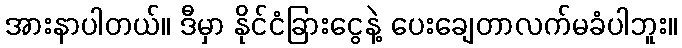
အားနာပါတယ်။ ဒီမှာ နိုင်ငံခြားငွေနဲ့ ပေးချေတာလက်မခံပါဘူး။